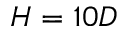
H = 1 0 D